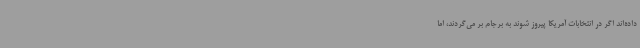
داده‌اند اگر در انتخابات آمریکا پیروز شوند به برجام بر می‌گردند، اما